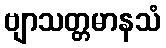
ဗျာသတ္တမာနသံ